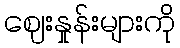
ဈေးနှုန်းများကို